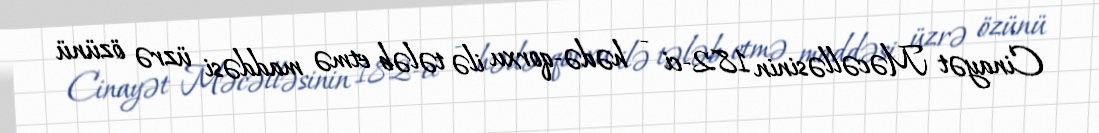
Cinayət Məcəlləsinin 182-ci - hədə-qorxu ilə tələb etmə maddəsi üzrə özünü